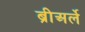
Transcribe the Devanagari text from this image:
ब्रीअर्ले